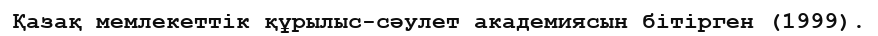
Қазақ мемлекеттік құрылыс-сәулет академиясын бітірген (1999).